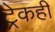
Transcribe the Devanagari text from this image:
ट्रेकही